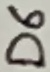
Text: D6